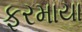
ફરમાયા